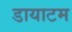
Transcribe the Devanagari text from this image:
डायाटम